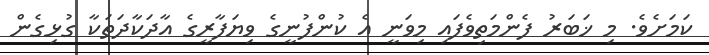
ކަމަށެވެ. މި ޚަބަރު ފެންމަތިވެފައި މިވަނީ އެ ކުންފުނީގެ ވިޔަފާރީގެ އާދަކާދަތަކާ ގުޅިގެން